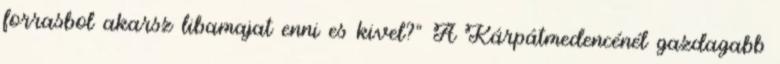
forrasbol akarsz libamajat enni es kivel?" A Kárpátmedencénél gazdagabb